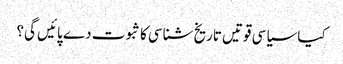
کیا سیاسی قوتیں تاریخ شناسی کا ثبوت دے پائیں گی؟